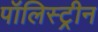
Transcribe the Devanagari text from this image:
पॉलिस्ट्रीन